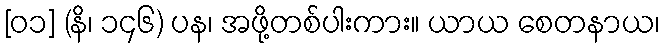
[၀၁] (နိ၊ ၁၄၆) ပန၊ အဖို့တစ်ပါးကား။ ယာယ စေတနာယ၊